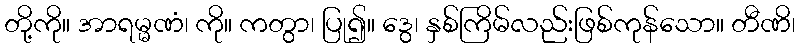
တို့ကို။ အာရမ္မဏံ၊ ကို။ ကတွာ၊ ပြု၍။ ဒွေ၊ နှစ်ကြိမ်လည်းဖြစ်ကုန်သော။ တီဏိ၊